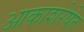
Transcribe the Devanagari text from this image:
आकाशरेषेत